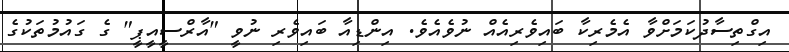
އިގްތިސާދުކަމަށްވާ އެެމެރިކާ ބައިވެރިއެއް ނުވެއެވެ. އިންޑިއާ ބައިވެރި ނުވީ "އާރްސީއީޕީ" ގެ ގައުމުތަކުގެ